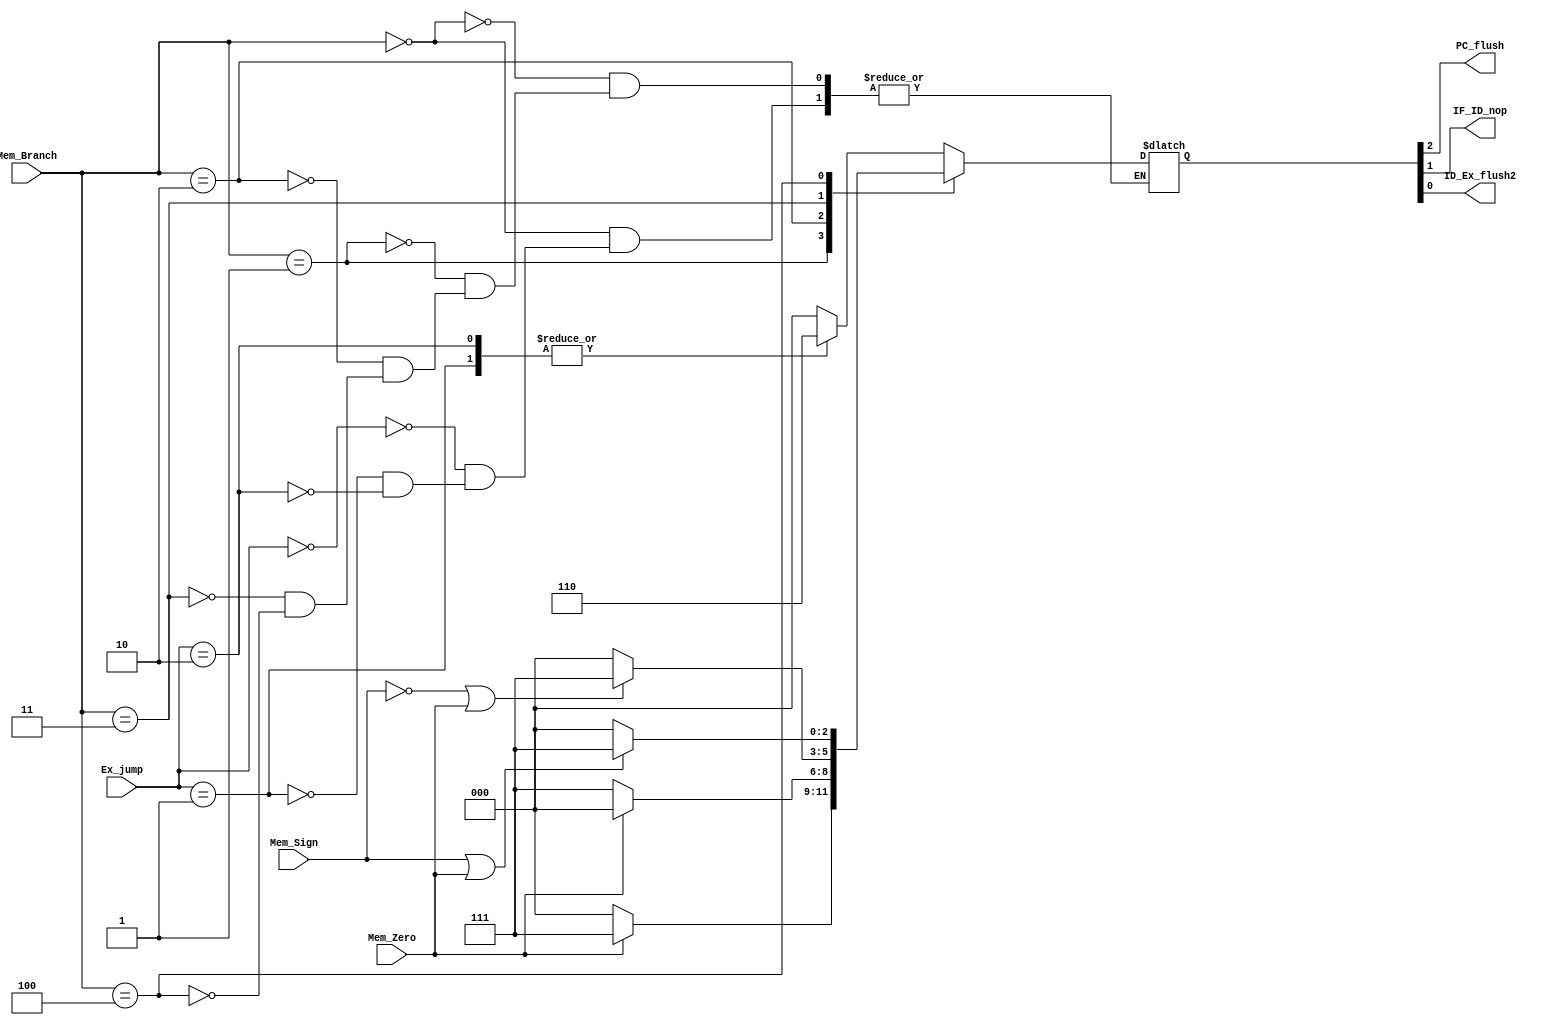
module BJ_Unit(
    input Mem_Zero, Mem_Sign,
    input [2:0] Mem_Branch,
    input [1:0] Ex_jump,

    output PC_flush, IF_ID_nop, ID_Ex_flush2
);

    reg [2:0] main_flush;
    assign {PC_flush, IF_ID_nop, ID_Ex_flush2} = main_flush;
    
    initial begin
        main_flush = 0;
    end

    parameter NOT_BRANCH = 3'b000;//not branch
    parameter BEQ = 3'b001;//beq
    parameter BNE = 3'b010;//bne
    parameter BGEZ = 3'b011;//bgez
    parameter BLEZ = 3'b100;//blez

    always @(*)
        begin
            case (Mem_Branch)
                NOT_BRANCH:
                    case (Ex_jump)
                        2'b00:  main_flush <= 3'b000;//not jump
                        2'b01:  main_flush <= 3'b110;//j or jal
                        2'b10:  main_flush <= 3'b110;//jr
                    endcase
                BEQ:
                    if (Mem_Zero)   main_flush <= 3'b111;
                    else            main_flush <= 3'b000;
                BNE:
                    if (~Mem_Zero)  main_flush <= 3'b111;
                    else            main_flush <= 3'b000;
                BGEZ:
                    if (~Mem_Sign || Mem_Zero)  main_flush <= 3'b111;
                    else                        main_flush <= 3'b000;
                BLEZ:
                    if (Mem_Sign || Mem_Zero)   main_flush <= 3'b111;
                    else                        main_flush <= 3'b000;
            endcase
        end
    
endmodule